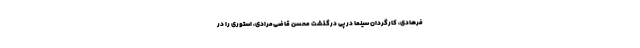
فرهادی، کارگردان سینما در پی درگذشت محسن قاضی‌مرادی، استوری را در